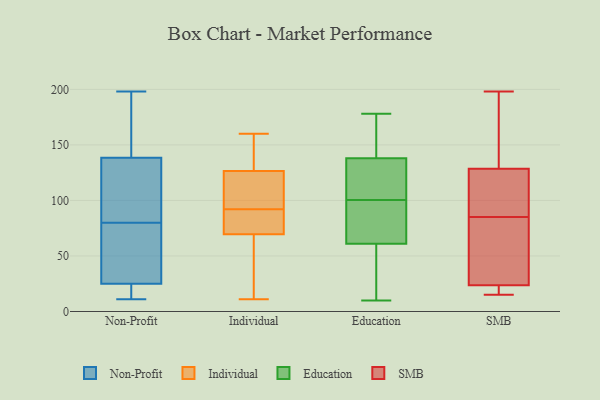
{"axis": {"x": "Gross Profit (USD K)", "y": "Value"}, "legend": ["Education", "Individual", "Non-Profit", "SMB"], "data": [{"x": "", "y": 159, "type": "Non-Profit"}, {"x": "", "y": 101, "type": "Non-Profit"}, {"x": "", "y": 179, "type": "Non-Profit"}, {"x": "", "y": 91, "type": "Non-Profit"}, {"x": "", "y": 128, "type": "Non-Profit"}, {"x": "", "y": 11, "type": "Non-Profit"}, {"x": "", "y": 53, "type": "Non-Profit"}, {"x": "", "y": 69, "type": "Non-Profit"}, {"x": "", "y": 13, "type": "Non-Profit"}, {"x": "", "y": 149, "type": "Non-Profit"}, {"x": "", "y": 112, "type": "Non-Profit"}, {"x": "", "y": 13, "type": "Non-Profit"}, {"x": "", "y": 29, "type": "Non-Profit"}, {"x": "", "y": 21, "type": "Non-Profit"}, {"x": "", "y": 63, "type": "Non-Profit"}, {"x": "", "y": 198, "type": "Non-Profit"}, {"x": "", "y": 79, "type": "Individual"}, {"x": "", "y": 72, "type": "Individual"}, {"x": "", "y": 67, "type": "Individual"}, {"x": "", "y": 102, "type": "Individual"}, {"x": "", "y": 138, "type": "Individual"}, {"x": "", "y": 87, "type": "Individual"}, {"x": "", "y": 160, "type": "Individual"}, {"x": "", "y": 29, "type": "Individual"}, {"x": "", "y": 97, "type": "Individual"}, {"x": "", "y": 11, "type": "Individual"}, {"x": "", "y": 139, "type": "Individual"}, {"x": "", "y": 115, "type": "Individual"}, {"x": "", "y": 178, "type": "Education"}, {"x": "", "y": 10, "type": "Education"}, {"x": "", "y": 135, "type": "Education"}, {"x": "", "y": 92, "type": "Education"}, {"x": "", "y": 61, "type": "Education"}, {"x": "", "y": 158, "type": "Education"}, {"x": "", "y": 129, "type": "Education"}, {"x": "", "y": 88, "type": "Education"}, {"x": "", "y": 59, "type": "Education"}, {"x": "", "y": 103, "type": "Education"}, {"x": "", "y": 138, "type": "Education"}, {"x": "", "y": 90, "type": "Education"}, {"x": "", "y": 98, "type": "Education"}, {"x": "", "y": 45, "type": "Education"}, {"x": "", "y": 127, "type": "Education"}, {"x": "", "y": 153, "type": "Education"}, {"x": "", "y": 177, "type": "Education"}, {"x": "", "y": 30, "type": "Education"}, {"x": "", "y": 101, "type": "SMB"}, {"x": "", "y": 187, "type": "SMB"}, {"x": "", "y": 196, "type": "SMB"}, {"x": "", "y": 17, "type": "SMB"}, {"x": "", "y": 30, "type": "SMB"}, {"x": "", "y": 198, "type": "SMB"}, {"x": "", "y": 24, "type": "SMB"}, {"x": "", "y": 96, "type": "SMB"}, {"x": "", "y": 15, "type": "SMB"}, {"x": "", "y": 85, "type": "SMB"}, {"x": "", "y": 109, "type": "SMB"}, {"x": "", "y": 23, "type": "SMB"}, {"x": "", "y": 84, "type": "SMB"}]}